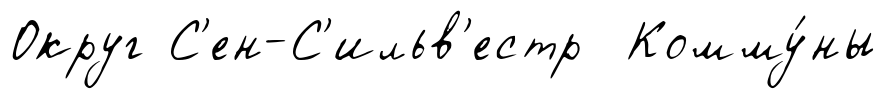
Округ С'ен-С'ильв'естр Комму́ны